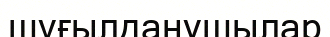
шүғылданушылар